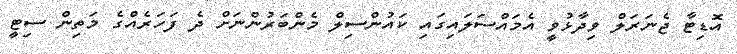
އޮޑިޓާ ޖެނަރަލް ވިދާޅުވީ އެމައްސަލައިގައި ކައުންސިލް މެންބަރުންނަށް ދެ ފަހަރެއްގެ މަތިން ސިޓީ